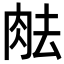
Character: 𦚒